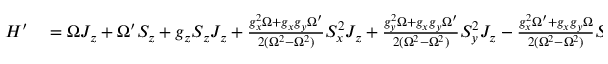
\begin{array} { r l } { H ^ { \prime } } & { { } = \Omega J _ { z } + \Omega ^ { \prime } S _ { z } + g _ { z } S _ { z } J _ { z } + \frac { g _ { x } ^ { 2 } \Omega + g _ { x } g _ { y } \Omega ^ { \prime } } { 2 ( \Omega ^ { 2 } - \Omega ^ { 2 } ) } S _ { x } ^ { 2 } J _ { z } + \frac { g _ { y } ^ { 2 } \Omega + g _ { x } g _ { y } \Omega ^ { \prime } } { 2 ( \Omega ^ { 2 } - \Omega ^ { 2 } ) } S _ { y } ^ { 2 } J _ { z } - \frac { g _ { x } ^ { 2 } \Omega ^ { \prime } + g _ { x } g _ { y } \Omega } { 2 ( \Omega ^ { 2 } - \Omega ^ { 2 } ) } S _ { z } J _ { x } ^ { 2 } } \end{array}